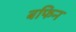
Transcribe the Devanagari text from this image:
बफिन